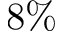
8 \%